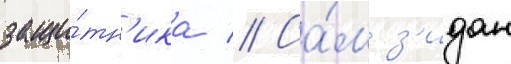
защи́тн'ика // Са́м з'идан